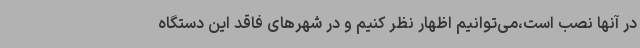
در آنها نصب است،می‌توانیم اظهار نظر کنیم و در شهرهای فاقد این دستگاه